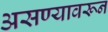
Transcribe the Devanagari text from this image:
असण्यावरून